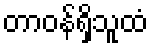
တာဝန်ရှိသူထံ